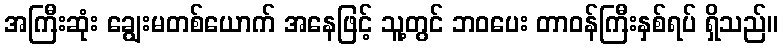
အကြီးဆုံး ချွေးမတစ်ယောက် အနေဖြင့် သူ့တွင် ဘဝပေး တာဝန်ကြီးနှစ်ရပ် ရှိသည်။